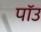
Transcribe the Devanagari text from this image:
पॉउ